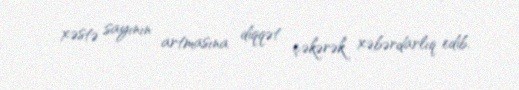
xəstə sayının artmasına diqqət çəkərək xəbərdarlıq edib.